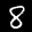
Label: 8